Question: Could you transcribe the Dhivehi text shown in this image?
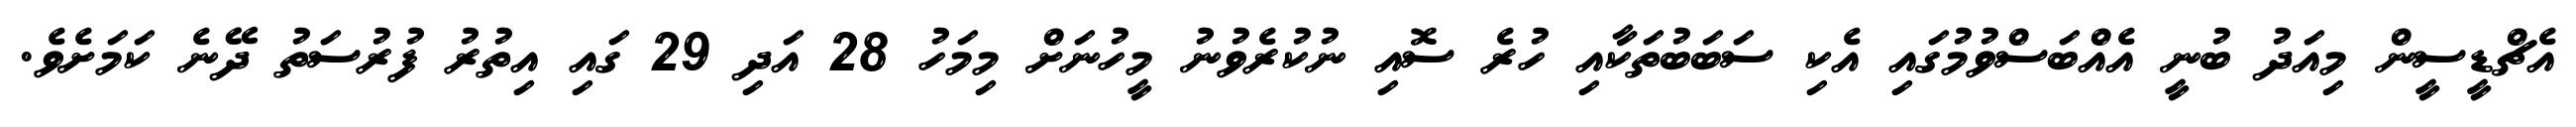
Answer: އެޗްޑީސީން މިއަދު ބުނީ އެއްބަސްވުމުގައި އެކި ސަބަބުތަކާއި ހުރެ ސޮއި ނުކުރެވުނު މީހުނަށް މިމަހު 28 އަދި 29 ގައި އިތުރު ފުރުސަތު ދޭނެ ކަމަށެވެ.